Vaccination returns of the Province of Eastern Bengal and Assam - 1905-1912
Year: 1905
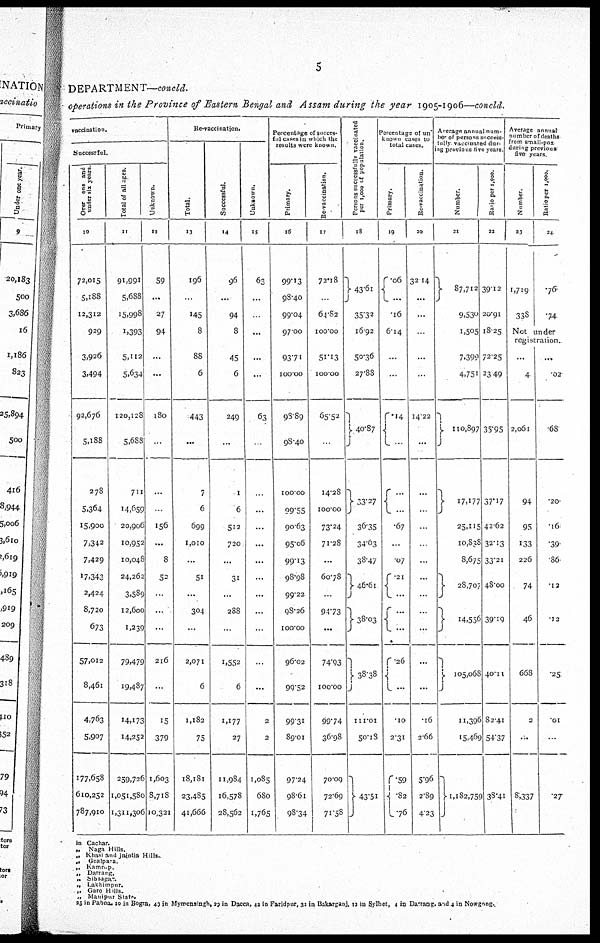
5
DEPARTMENT—concld.
operations in the Province of Eastern Bengal and Assam during the year 1905-1906—concld.
vaccination.
Successful.
Over one and
under six years.
10
72,015
5,188
12,312
929
3,926
3,494
92,676
5,188
278
5,364
15,900
7,342
7,429
17,342
2,424
8,720
673
57,012
8,461
4,763
5,907
177,658
610,252
787,910
Total of all ages.
11
91,991
5,688
15,998
1,393
5,112
5,634
120,128
5,688
711
14,659
20,906
10,952
10,048
24,262
3,589
12,600
1,239
79,479
19,487
14,173
14,252
259,726
1,051,580
1,311,306
Unknown.
12
59
...
27
94
...
...
180
...
...
...
156
...
8
52
...
...
...
216
...
15
379
1,603
8,718
10,321
Re-vaccination.
Total.
13
196
...
145
8
88
6
443
...
7
6
699
1,010
...
51
...
304
...
2,071
6
1,182
75
18,181
23,485
41,666
Successful.
14
96
...
94
8
45
6
249
...
1
6
512
720
...
31
...
288
...
1,552
6
1,177
27
11,984
16,578
28,562
Unknown.
15
63
...
...
...
...
...
63
...
...
...
...
...
...
...
...
...
...
...
...
2
2
1,085
680
1,765
Percentage of succes¬
ful cases in which the
results were known.
Primary.
16
99.13
98.40
99.04
97.00
93.71
100.00
98.89
98.40
100.00
99.55
90.63
95.06
99.13
98.98
99.22
98.26
100.00
96.02
99.52
99.31
89.01
97.24
98.61
98.34
Re-vaccination.
17
72.18
...
64.82
100.00
51.13
100.00
65.52
...
14.28
100.00
73.24
71.28
...
60.78
...
94.73
...
74.93
100.00
99.74
36.98
70.09
72.69
71.58
Persons successfully vaccinated
per 1,000 of population.
18
43.61
35.32
16.92
50.36
27.88
40.87
33.27
36.35
34.63
38.47
46.61
38.03
38.38
111.01
50.18
43.51
Percentage of un¬
known cases to
total cases.
Primary.
19
.06
...
.16
6.14
...
...
.14
...
... ...
.67
...
.07
.21
...
... ...
.26
...
.10
2.31
.59
.82
.76
Re-vaccination.
20
32.14
...
...
...
...
...
14.22
...
...
...
...
...
...
...
...
...
...
...
...
.16
2.66
5.96
2.89
4.23
Average annual num¬
ber of persons success-
fully vaccinated dur-
ing previous five years.
Number.
21
87,712
9,530
1,505
7,399
4,751
110,897
17,177
25,115
10,828
8,675
28,707
14,556
105,068
11,396
15,469
1,182,759
Ratio per 1,000.
22
39.12
20.91
18.25
72.25
23.49
35.95
37.17
42.62
32.13
33.21
48.00
39.19
40.11
82.41
54.37
38.41
Average annual
number of deaths
from small-pox
during previous
five years.
Number.
23
1,719
338
Ratio per 1,000.
24
.76
.74
Not under
registration.
...
4
2,061
94
95
133
226
74
46
668
2
...
8,337
...
.02
.68
.20
.16
.39
.86
.12
.12
.25
.01
...
.27
in Cachar.
„
Naga Hills.
„ Khasi and Jaintia Hills.
„
Goalpara.
„
Kamrup.
„
Darrang.
„
Sibsagar.
„
Lakhimpur.
„ Garo Hills.
„ Manipur State.
25 in Pabna. 10 in Bogra, 49 in Mymensingh, 29 in Dacca, 42 in Faridpur, 32 in Bakarganj, 12 in Sylhet, 4 in Darrang, and 4 in Nowgong.